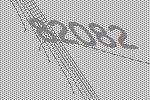
82082